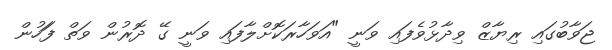
ޖަވާބުގައި ރިޔާޒް ވިދާޅުވެފައި ވަނީ "އަވަހާރަކޮށްލާފައި ވަނީ ގޭ ދޮރުން ވަތް ފަަހުން